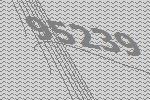
95239